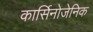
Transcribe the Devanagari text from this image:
कार्सिनोजेनिक